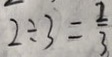
2 \div 3 = \frac { 2 } { 3 }